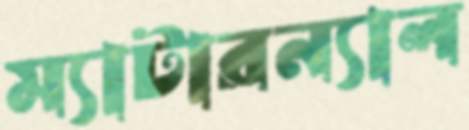
ম্যাটারন্যাল